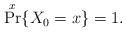
LaTeX: \begin{align*}\Pr^x\{X_0=x\}=1.\end{align*}